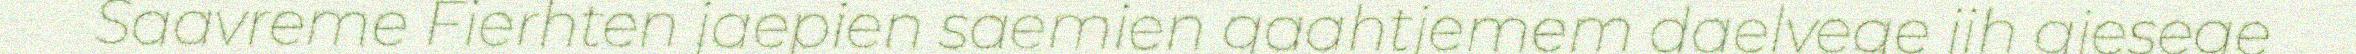
Saavreme Fierhten jaepien saemien gaahtjemem daelvege jih giesege